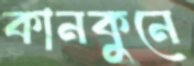
কানকুনে